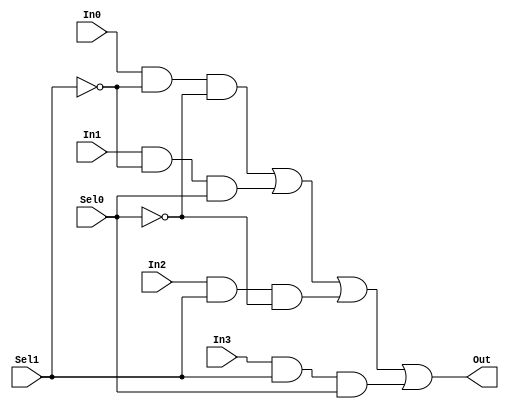
module mux421_structural (Out, In0, In1, In2, In3, Sel0, Sel1);
output Out;
input In0, In1, In2, In3, Sel0, Sel1;

wire NotSel0, NotSel1;
wire Y0, Y1, Y2, Y3;

not (NotSel0, Sel0);
not (NotSel1, Sel1);
and (Y0, In0, NotSel1, NotSel0);
and (Y1, In1, NotSel1, Sel0);
and (Y2, In2, Sel1,    NotSel0);
and (Y3, In3, Sel1,    Sel0);
or (Out, Y0, Y1, Y2, Y3);

endmodule // mux421_structural